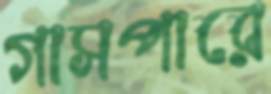
গাসপারে